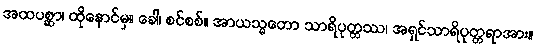
အထပစ္ဆာ၊ ထိုနောင်မှ။ ခေါ၊ စင်စစ်။ အာယသ္မတော သာရိပုတ္တဿ၊ အရှင်သာရိပုတ္တရာအား။